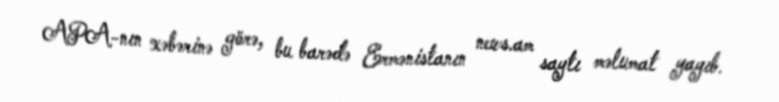
APA-nın xəbərinə görə, bu barədə Ermənistanın news.am saytı məlumat yayıb.